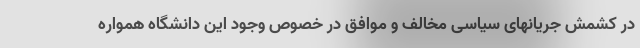
در کشمش جریانهای سیاسی مخالف و موافق در خصوص وجود این دانشگاه همواره